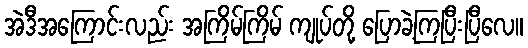
အဲဒီအကြောင်းလည်း အကြိမ်ကြိမ် ကျုပ်တို့ ပြောခဲ့ကြပြီးပြီလေ။